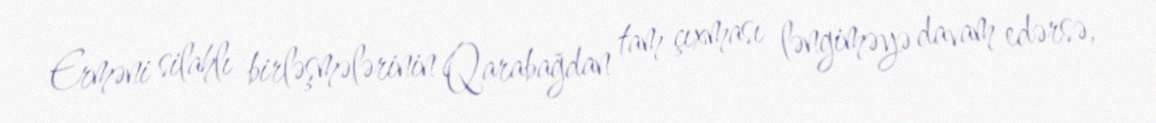
Erməni silahlı birləşmələrinin Qarabağdan tam çıxması ləngiməyə davam edərsə,